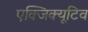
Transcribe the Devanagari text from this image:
एक्‍जिक्‍यूटिव